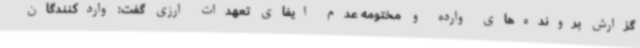
گزارش پرونده‌های وارده و مختومه عدم ایفای تعهدات ارزی گفت: واردکنندگان